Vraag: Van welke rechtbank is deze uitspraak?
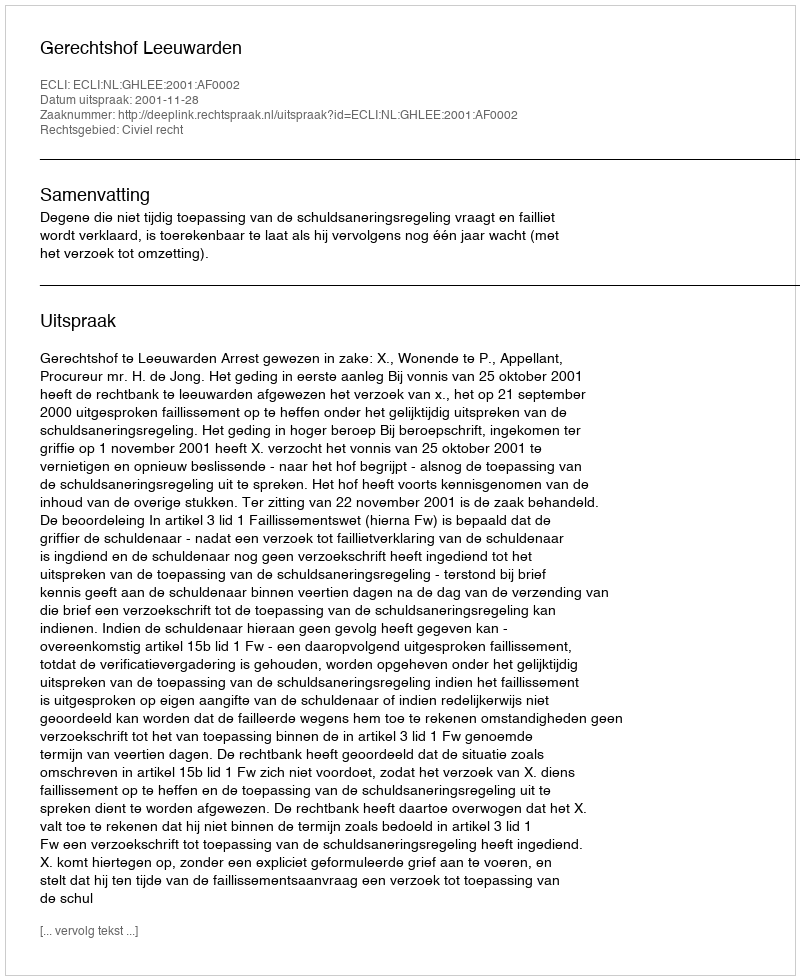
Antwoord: Gerechtshof Leeuwarden